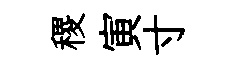
稷寅寸